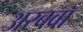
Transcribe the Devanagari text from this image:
अरबवाँ